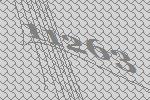
11263